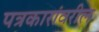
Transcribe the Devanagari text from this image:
पत्रकारांवरील